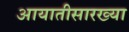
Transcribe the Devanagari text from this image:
आयातीसारख्या